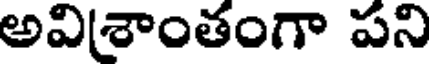
అవిశాంతంగా పని